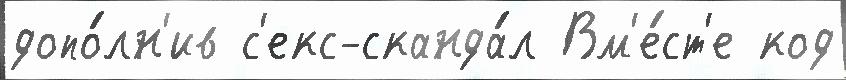
допо́лн'ив с'екс-сканда́л Вм'е́ст'е код